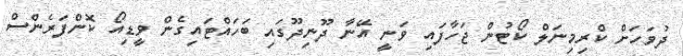
ދުވަހަށް ކްރިމިނަލް ކޯޓުން ޖަހާފައި ވަނީ އޭނާ ދޫނިދޫގައި ބަހައްޓައިގެން ވީޑިއޯ ކޮންފަރެންސް